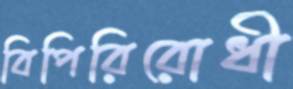
বিপিরিরোধী